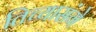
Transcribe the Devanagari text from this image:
तिच्यासंगे